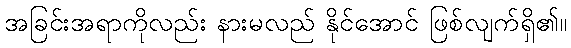
အခြင်းအရာကိုလည်း နားမလည် နိုင်အောင် ဖြစ်လျက်ရှိ၏။